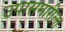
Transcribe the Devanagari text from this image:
उपासमारीला